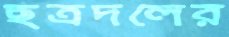
ছত্রদলের